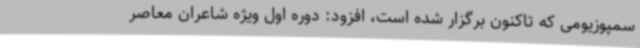
سمپوزیومی که تاکنون برگزار شده است، افزود: دوره اول ویژه شاعران معاصر